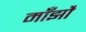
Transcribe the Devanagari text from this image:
माँझौ